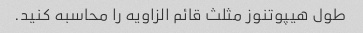
طول هیپوتنوز مثلث قائم الزاویه را محاسبه کنید.